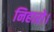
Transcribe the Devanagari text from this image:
निहारो।